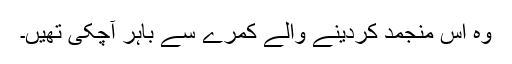
وہ اس منجمد کردینے والے کمرے سے باہر آچکی تھیں۔